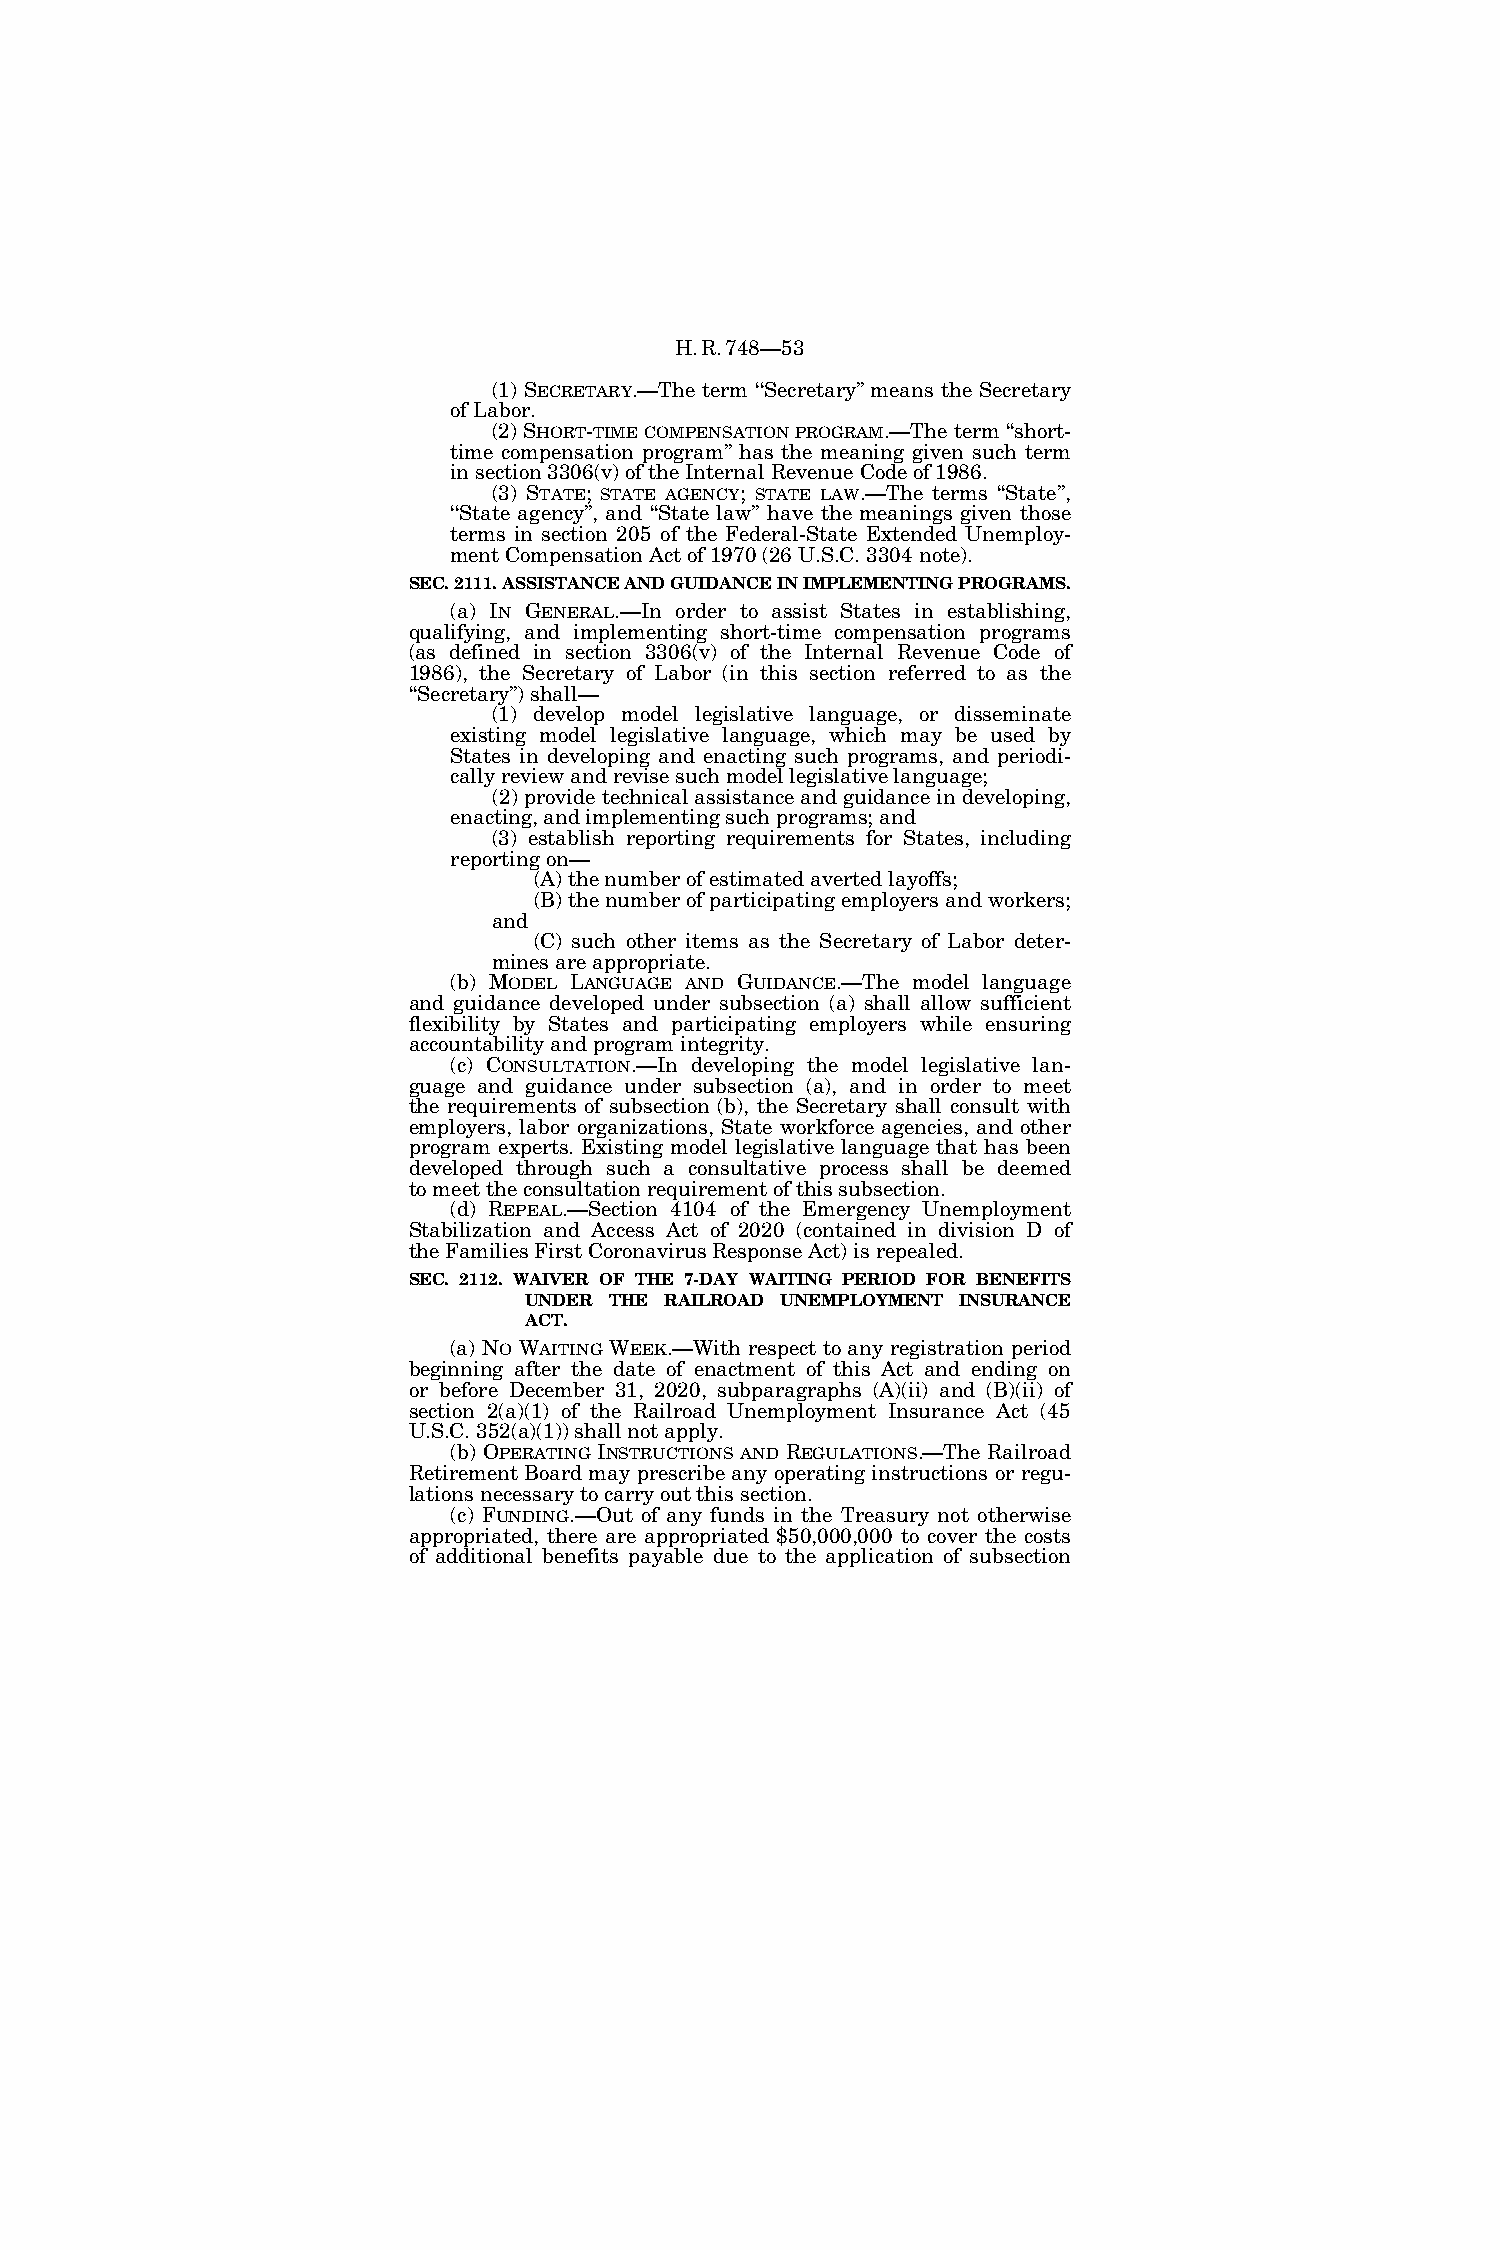
H.R.748—53
 (1) SECRETARY.—The term ‘‘Secretary’’ means the Secretary
 of Labor.
 (2) SHORT-TIMECOMPENSATIONPROGRAM.—The term ‘‘short-
 time compensation program’’ has the meaning given such term
 in section 3306(v) of the Internal Revenue Code of 1986.
 (3) STATE; STATE AGENCY; STATE LAW.—The terms ‘‘State’’,
 ‘‘State agency’’, and ‘‘State law’’ have the meanings given those
 terms in section 205 of the Federal-State Extended Unemploy-
 ment Compensation Act of 1970 (26 U.S.C. 3304 note).
 SEC. 2111. ASSISTANCE AND GUIDANCE IN IMPLEMENTING PROGRAMS.
 (a) IN GENERAL.—In order to assist States in establishing,
 qualifying, and implementing short-time compensation programs
 (as defined in section 3306(v) of the Internal Revenue Code of
 1986), the Secretary of Labor (in this section referred to as the
 ‘‘Secretary’’) shall—
 (1) develop model legislative language, or disseminate
 existing model legislative language, which may be used by
 States in developing and enacting such programs, and periodi-
 cally review and revise such model legislative language;
 (2) provide technical assistance and guidance in developing,
 enacting, and implementing such programs; and
 (3) establish reporting requirements for States, including
 reporting on—
 (A) the number of estimated averted layoffs;
 (B) the number of participating employers and workers;
 and
 (C) such other items as the Secretary of Labor deter-
 mines are appropriate.
 (b) MODEL LANGUAGE AND GUIDANCE.—The model language
 and guidance developed under subsection (a) shall allow sufficient
 flexibility by States and participating employers while ensuring
 accountability and program integrity.
 (c) CONSULTATION.—In developing the model legislative lan-
 guage and guidance under subsection (a), and in order to meet
 the requirements of subsection (b), the Secretary shall consult with
 employers, labor organizations, State workforce agencies, and other
 program experts. Existing model legislative language that has been
 developed through such a consultative process shall be deemed
 to meet the consultation requirement of this subsection.
 (d) REPEAL.—Section 4104 of the Emergency Unemployment
 Stabilization and Access Act of 2020 (contained in division D of
 the Families First Coronavirus Response Act) is repealed.
 SEC. 2112. WAIVER OF THE 7-DAY WAITING PERIOD FOR BENEFITS
 UNDER THE RAILROAD UNEMPLOYMENT INSURANCE
 ACT.
 (a) NO WAITING WEEK.—With respect to any registration period
 beginning after the date of enactment of this Act and ending on
 or before December 31, 2020, subparagraphs (A)(ii) and (B)(ii) of
 section 2(a)(1) of the Railroad Unemployment Insurance Act (45
 U.S.C. 352(a)(1)) shall not apply.
 (b) OPERATING INSTRUCTIONS AND REGULATIONS.—The Railroad
 Retirement Board may prescribe any operating instructions or regu-
 lations necessary to carry out this section.
 (c) FUNDING.—Out of any funds in the Treasury not otherwise
 appropriated, there are appropriated $50,000,000 to cover the costs
 of additional benefits payable due to the application of subsection